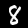
Digit: 8